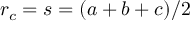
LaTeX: \displaystyle r _ { c } = s = ( a + b + c ) / 2